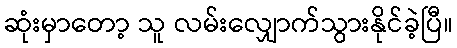
ဆုံးမှာတော့ သူ လမ်းလျှောက်သွားနိုင်ခဲ့ပြီ။